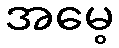
အမေ့